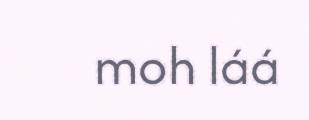
moh láá